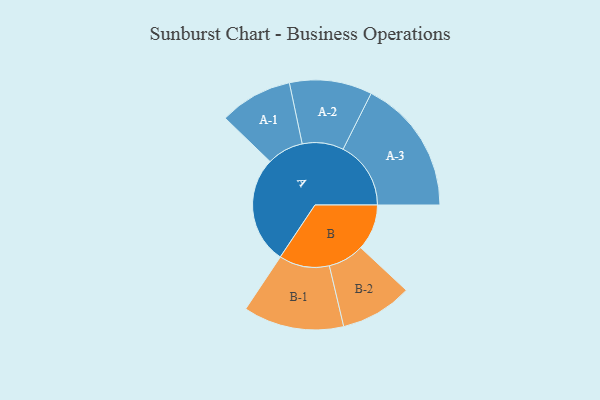
{"axis": {"x": "Segment", "y": "Value"}, "legend": ["", "A", "B"], "data": [{"x": "A", "y": 450, "type": ""}, {"x": "B", "y": 193, "type": ""}, {"x": "A-1", "y": 153, "type": "A"}, {"x": "A-2", "y": 173, "type": "A"}, {"x": "A-3", "y": 284, "type": "A"}, {"x": "B-1", "y": 211, "type": "B"}, {"x": "B-2", "y": 151, "type": "B"}]}